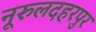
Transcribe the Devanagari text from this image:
नूरुलदहरपुर